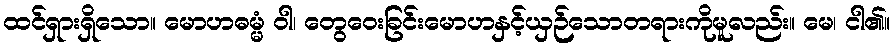
ထင်ရှားရှိသော။ မောဟဓမ္မံ ဝါ၊ တွေဝေးခြင်းမောဟနှင့်ယှဉ်သောတရားကိုမူလည်း။ မေ၊ ငါ၏။